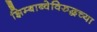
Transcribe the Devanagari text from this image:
झिम्बाब्वेविरुद्धच्या